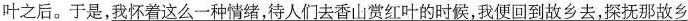
叶之后。于是，\underline{我怀着这么一种情绪，待人们去香山赏红叶的时候，我便回到故乡}